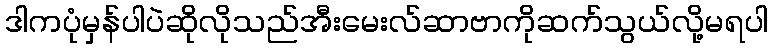
ဒါကပုံမှန်ပါပဲဆိုလိုသည်အီးမေးလ်ဆာဗာကိုဆက်သွယ်လို့မရပါ